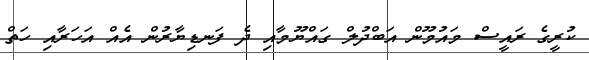
ކުރީގެ ރައީސް މައުމޫން އަބްދުލް ގައްޔޫމާއި ދެ ފަނޑިޔާރުން އެއް އަހަރާއި ހަތް